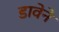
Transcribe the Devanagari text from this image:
डावेने